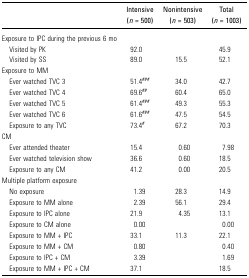
|  | Intensive (n = 500) | Nonintensive (n = 503) | Total (n = 1003) |
 | --- | --- | --- | --- |
 | Exposure to IPC during the previous 6 mo |  |  |  |
 | Visited by PK | 92.0 |  | 45.9 |
 | Visited by SS | 89.0 | 15.5 | 52.1 |
 | Exposure to MM |  |  |  |
 | Ever watched TVC 3 | 51.4### | 34.0 | 42.7 |
 | Ever watched TVC 4 | 69.6## | 60.4 | 65.0 |
 | Ever watched TVC 5 | 61.4### | 49.3 | 55.3 |
 | Ever watched TVC 6 | 61.6### | 47.5 | 54.5 |
 | Exposure to any TVC | 73.4# | 67.2 | 70.3 |
 | CM |  |  |  |
 | Ever attended theater | 15.4 | 0.60 | 7.98 |
 | Ever watched television show | 36.6 | 0.60 | 18.5 |
 | Exposure to any CM | 41.2 | 0.00 | 20.5 |
 | Multiple platform exposure |  |  |  |
 | No exposure | 1.39 | 28.3 | 14.9 |
 | Exposure to MM alone | 2.39 | 56.1 | 29.4 |
 | Exposure to IPC alone | 21.9 | 4.35 | 13.1 |
 | Exposure to CM alone | 0.00 |  | 0.00 |
 | Exposure to MM + IPC | 33.1 | 11.3 | 22.1 |
 | Exposure to MM + CM | 0.80 |  | 0.40 |
 | Exposure to IPC + CM | 3.39 |  | 1.69 |
 | Exposure to MM + IPC + CM | 37.1 |  | 18.5 |